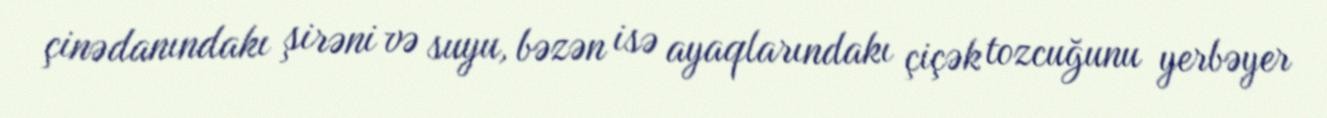
çinədanındakı şirəni və suyu, bəzən isə ayaqlarındakı çiçək tozcuğunu yerbəyer